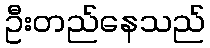
ဦးတည်နေသည်